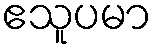
ဧသူပမာ